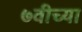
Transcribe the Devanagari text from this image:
७वीच्या